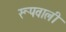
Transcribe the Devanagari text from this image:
रूपवाली